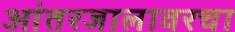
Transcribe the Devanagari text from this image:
आंतरजालावरचा